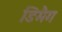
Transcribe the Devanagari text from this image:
डिमैग